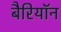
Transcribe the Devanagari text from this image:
बैरियॉन